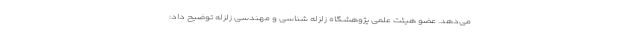
می‌دهد. عضو هیئت علمی پژوهشگاه زلزله شناسی و مهندسی زلزله توضیح داد: